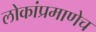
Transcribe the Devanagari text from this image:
लोकांप्रमाणेच